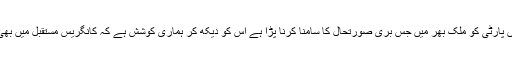
انہوں نے کہا کہ ’’ پارلیمانی انتخابات میں پارٹی کو ملک بھر میں جس بری صورتحال کا سامنا کرنا پڑا ہے اس کو دیکھ کر ہماری کوشش ہے کہ کانگریس مستقبل میں بھی ریاست میں حکومت کا حصہ بنی رہے۔